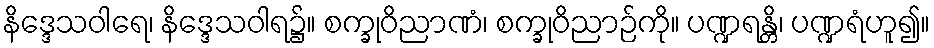
နိဒ္ဒေသဝါရေ၊ နိဒ္ဒေသဝါရ၌။ စက္ခုဝိညာဏံ၊ စက္ခုဝိညာဉ်ကို။ ပဏ္ဍရန္တိ၊ ပဏ္ဍရံဟူ၍။